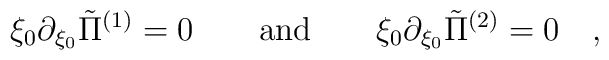
\xi_0 \partial_{\xi_0} \tilde{\Pi}^{(1)} = 0  \qquad \hbox{and}\qquad  \xi_0 \partial_{\xi_0} \tilde{\Pi}^{(2)} = 0 \quad ,